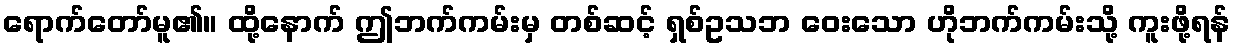
ရောက်တော်မူ၏။ ထို့နောက် ဤဘက်ကမ်းမှ တစ်ဆင့် ရှစ်ဥသဘ ဝေးသော ဟိုဘက်ကမ်းသို့ ကူးဖို့ရန်